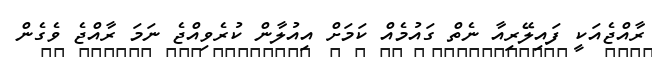
ރާއްޖެއަކީ ފައިލޭރިއާ ނެތް ގައުމެއް ކަމަށް އިއުލާން ކުރެވިއްޖެ ނަމަ ރާއްޖެ ވެގެން